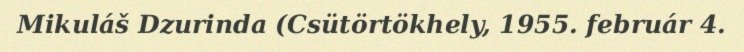
Mikuláš Dzurinda (Csütörtökhely, 1955. február 4.